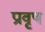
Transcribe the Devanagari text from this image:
प्रावृष